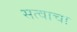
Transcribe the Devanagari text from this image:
सत्वाचा